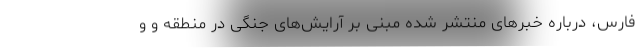
فارس، درباره خبرهای منتشر شده مبنی بر آرایش‌های جنگی در منطقه و و